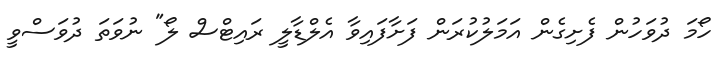
ހޯމަ ދުވަހުން ފެށިގެން އަމަލުކުރަން ފަށާފައިވާ އެލްޑާލީ ރައިޓްސް ލޯ" ނުވަތަ ދުވަސްވީ